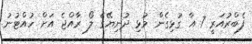
ފެބްރުއަރީ 7 އާ ގުޅިގެން މުޅި ދުނިޔޭގެ ލޯ ރާއްޖެ އަށް ހުއްޓުނު